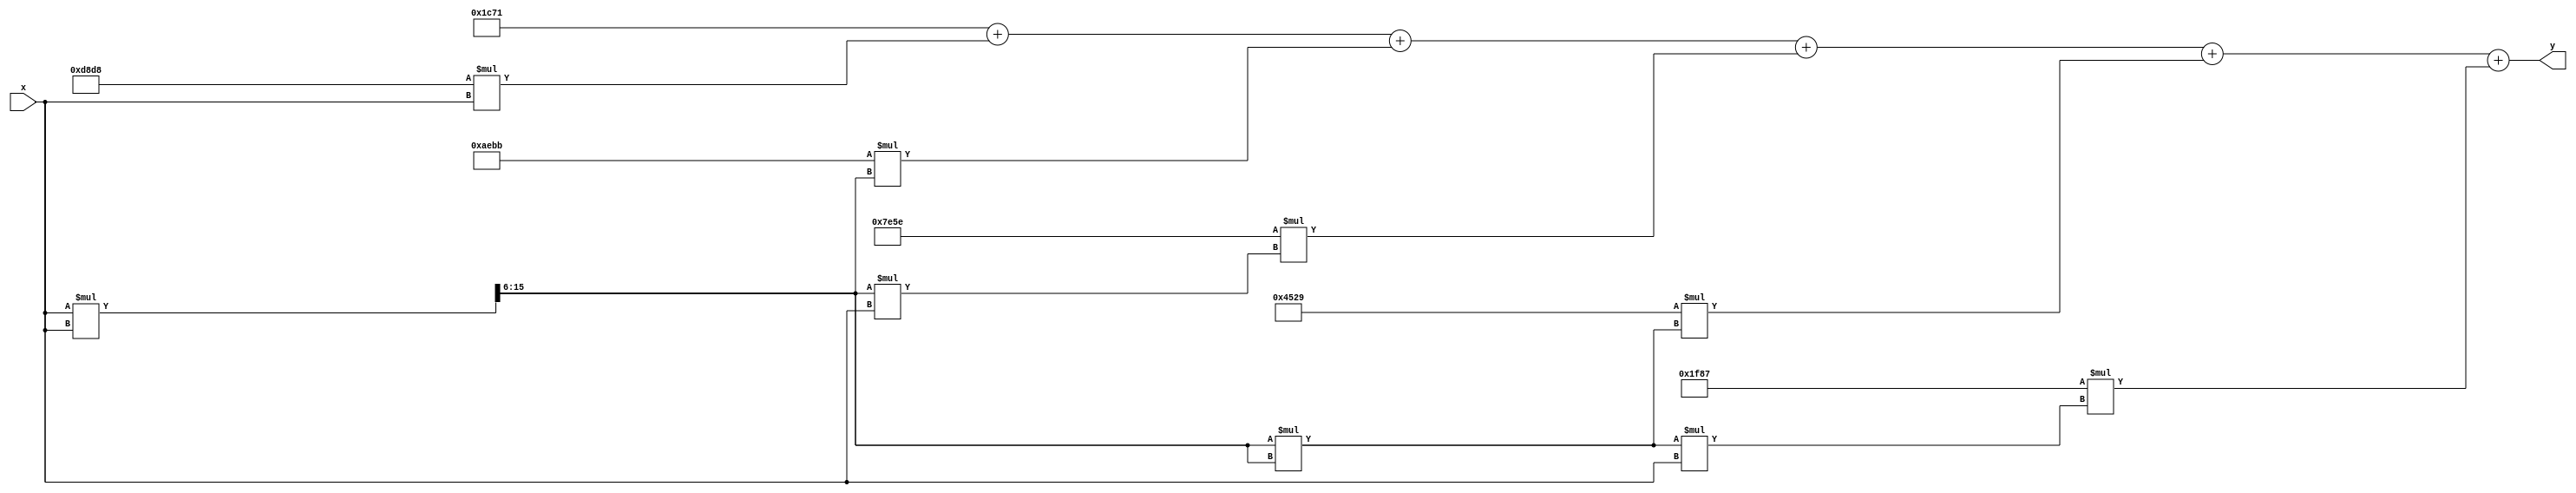
module poly_approx_reciprocal (
    input  wire [15:0] x,  // Input normalized value (0 < x < 1)
    output reg  [15:0] y   // Output approximated reciprocal (1/x)
);

    // Polynomial coefficients for the 5th degree polynomial approximation
    // These coefficients are placeholders and should be determined based on the desired accuracy.
    parameter C0 = 16'h1C71; // Coefficient for x^0
    parameter C1 = 16'hD8D8; // Coefficient for x^1
    parameter C2 = 16'hAEBB; // Coefficient for x^2
    parameter C3 = 16'h7E5E; // Coefficient for x^3
    parameter C4 = 16'h4529; // Coefficient for x^4
    parameter C5 = 16'h1F87; // Coefficient for x^5

    reg [15:0] x_squared;       // Holds x^2
    reg [15:0] poly_result;     // Holds final polynomial result

    // Normalize input to range [0, 1] if necessary; assume x is already normalized here

    // Polynomial evaluation using Horner's method
    always @(*) begin
        // Calculate x^2
        x_squared = (x * x) >> 6; // Shift for normalization (depending on fixed-point scaling)

        // Evaluate polynomial: y = C0 + C1*x + C2*x^2 + C3*x^3 + C4*x^4 + C5*x^5
        poly_result = C0 + (C1 * x) +
                      (C2 * x_squared) +
                      (C3 * (x_squared * x)) + // x^3
                      (C4 * (x_squared * x_squared)) + // x^4
                      (C5 * (x_squared * x_squared * x)); // x^5

        // Scale the result for appropriate output range if needed
        y = poly_result; // In a real scenario, scaling might be necessary
    end

endmodule